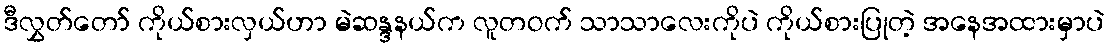
ဒီလွှတ်တော် ကိုယ်စားလှယ်ဟာ မဲဆန္ဒနယ်က လူတဝက် သာသာလေးကိုပဲ ကိုယ်စားပြုတဲ့ အနေအထားမှာပဲ